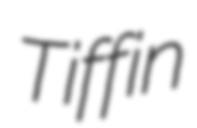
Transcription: Tiffin